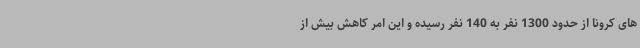
های کرونا از حدود 1300 نفر به 140 نفر رسیده و این امر کاهش بیش از